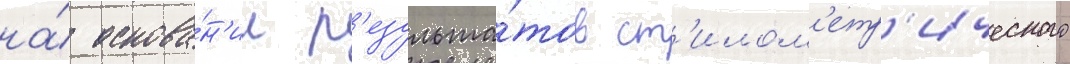
на́ основа́н'ии р'езульта́тов ст'илом'етр'ического